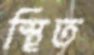
স্থিত